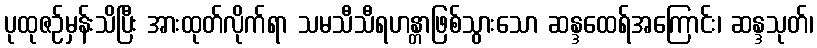
ပုထုဇဉ်မှန်းသိပြီး အားထုတ်လိုက်ရာ သမသီသီရဟန္တာဖြစ်သွားသော ဆန္ဒထေရ်အကြောင်း၊ ဆန္ဒသုတ်၊